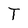
Character: T